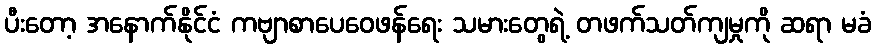
ပီးတော့ အနောက်နိုင်ငံ ကဗျာစာပေဝေဖန်ရေး သမားတွေရဲ့ တဖက်သတ်ကျမှုကို ဆရာ မခံ